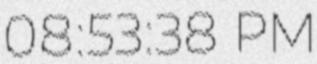
08:53:38 PM